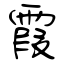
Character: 霞